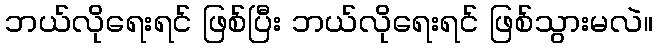
ဘယ်လိုရေးရင် ဖြစ်ပြီး ဘယ်လိုရေးရင် ဖြစ်သွားမလဲ။